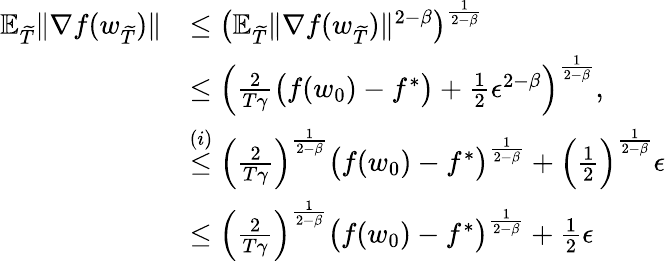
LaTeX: \begin{array}{rl}{\mathbb{E}_{\widetilde{T}}\| \nabla f(w_{\widetilde{T}})\| }&{\le\big(\mathbb{E}_{\widetilde{T}}\| \nabla f(w_{\widetilde{T}})\| ^{2-\beta}\big)^{\frac{1}{2-\beta}}}\\ &{\le\Big(\frac{2}{T\gamma}\big(f(w_{0})-f^{*}\big)+\frac{1}{2}\epsilon^{2-\beta}\Big)^{\frac{1}{2-\beta}},}\\ &{\overset{(i)}{\le}\Big(\frac{2}{T\gamma}\Big)^{\frac{1}{2-\beta}}\big(f(w_{0})-f^{*}\big)^{\frac{1}{2-\beta}}+\Big(\frac{1}{2}\Big)^{\frac{1}{2-\beta}}\epsilon}\\ &{\le\Big(\frac{2}{T\gamma}\Big)^{\frac{1}{2-\beta}}\big(f(w_{0})-f^{*}\big)^{\frac{1}{2-\beta}}+\frac{1}{2}\epsilon}\end{array}